Lunatic asylums Punjab 1881-1894 - 1881-1894
Year: 1881
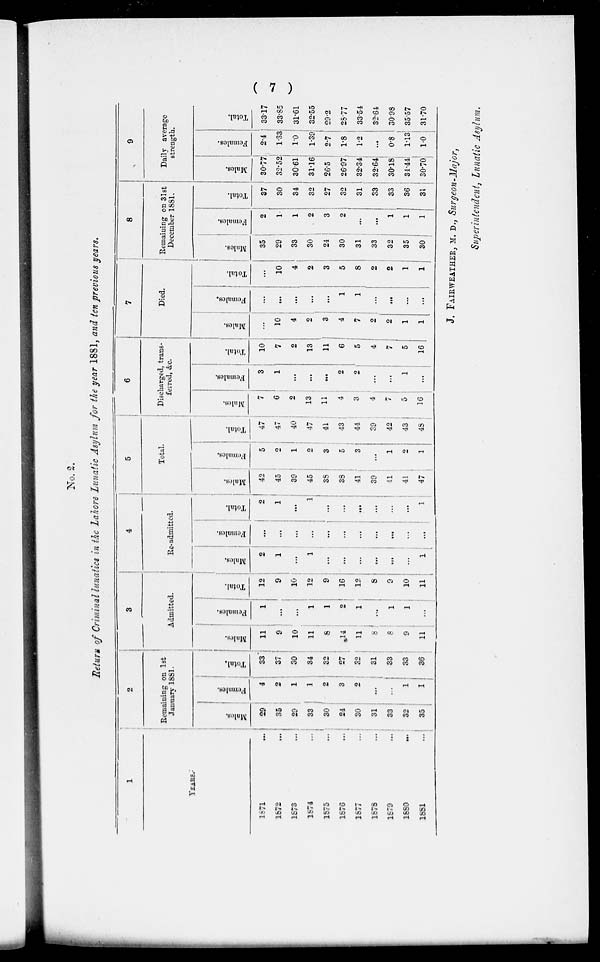
(7)
No. 2.
Return of Criminal lunatics in the Lahore Lunatic Asylum for the year 1881, and ten previous years.
1
YEARS.
1871
...
1872...
1873...
1874...
1875...
1876 ...
1877 ...
1878...
1879...
1880 ...
1881...
2
Remaining
on 1st
January 1881.
Males.
29
35
29
33
30
24
30
31
33
32
35
Females.
4
2
1
1
2
3
2
...
...
1
1
Total.
33
37
30
34
32
27
32
31
33
33
36
3
Admitted.
Males.
11
9
10
11
8
14
11
8
8
9
11
Females.
1
...
...
1
1
2
1
...
1
1
...
Total.
12
9
10
12
9
16
12
8
9
10
11
4
Re-admitted.
Males.
2
1
...
1
...
...
...
...
...
...
1
Females.
...
...
...
...
...
...
...
...
...
...
...
Total.
2
1
...
1
...
...
...
...
...
...
1
5
Total.
Males.
42
45
39
45
38
38
41
39
41
41
47
Females.
5
2
1
2
3
5
3
...
1
2
1
Total.
47
47
40
47
41
43
44
39
42
43
48
6
Discharged, trans-
ferred, &c.
Males.
7
6
2
13
11
4
3
4
7
5
16
Females.
3
1
...
...
...
2
2
...
...
1
...
Total.
10
7
2
13
11
6
5
4
7
5
16
7
Died.
Males.
...
10
4
2
3
4
7
2
2
1
1
Females.
...
...
...
...
...
1
1
...
...
...
...
Total.
...
10
4
2
3
5
8
2
2
1
1
8
Remaining on 31st
December 1881.
Males.
35
29
33
30
24
30
31
33
32
35
30
Females.
2
1
1
2
3
2
...
...
1
1
1
Total.
37
30
34
32
27
32
31
33
33
36
31
9
Daily average
strength.
Males.
30.77
32.52
30.61
31.16
26.5
26.97
32.34
32.64
30.18
34.44
30.70
Females.
2.4
1.33
1.0
1.39
2.7
1.8
1.2
...
0.8
1.13
1.0
Total.
33.17
33.85
31.61
32.55
29.2
28.77
33.54
32.64
30.98
35.57
31.70
J. FAIRWEATHER, M. D., Surgeon-Major,
Superintendent, Lunatic Asylum.